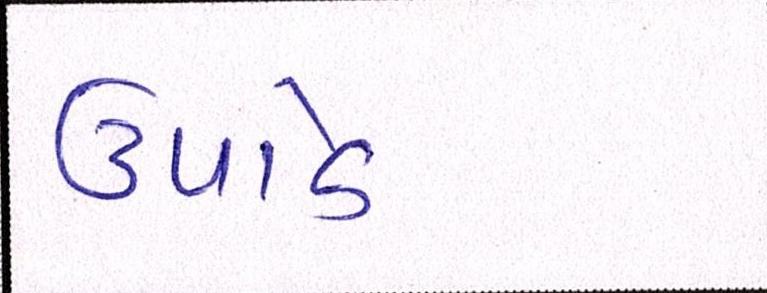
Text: ઉપાડે